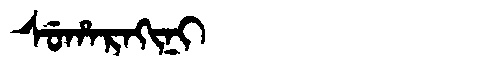
Manchu: ᠰᡠᡥᠠᡵᠠᡴᡳᠨᡳ
Romanization: SUHARAKINI